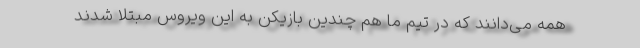
همه می‌دانند که در تیم ما هم چندین بازیکن به این ویروس مبتلا شدند